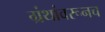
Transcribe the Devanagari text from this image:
ग्रंथांवरूनच